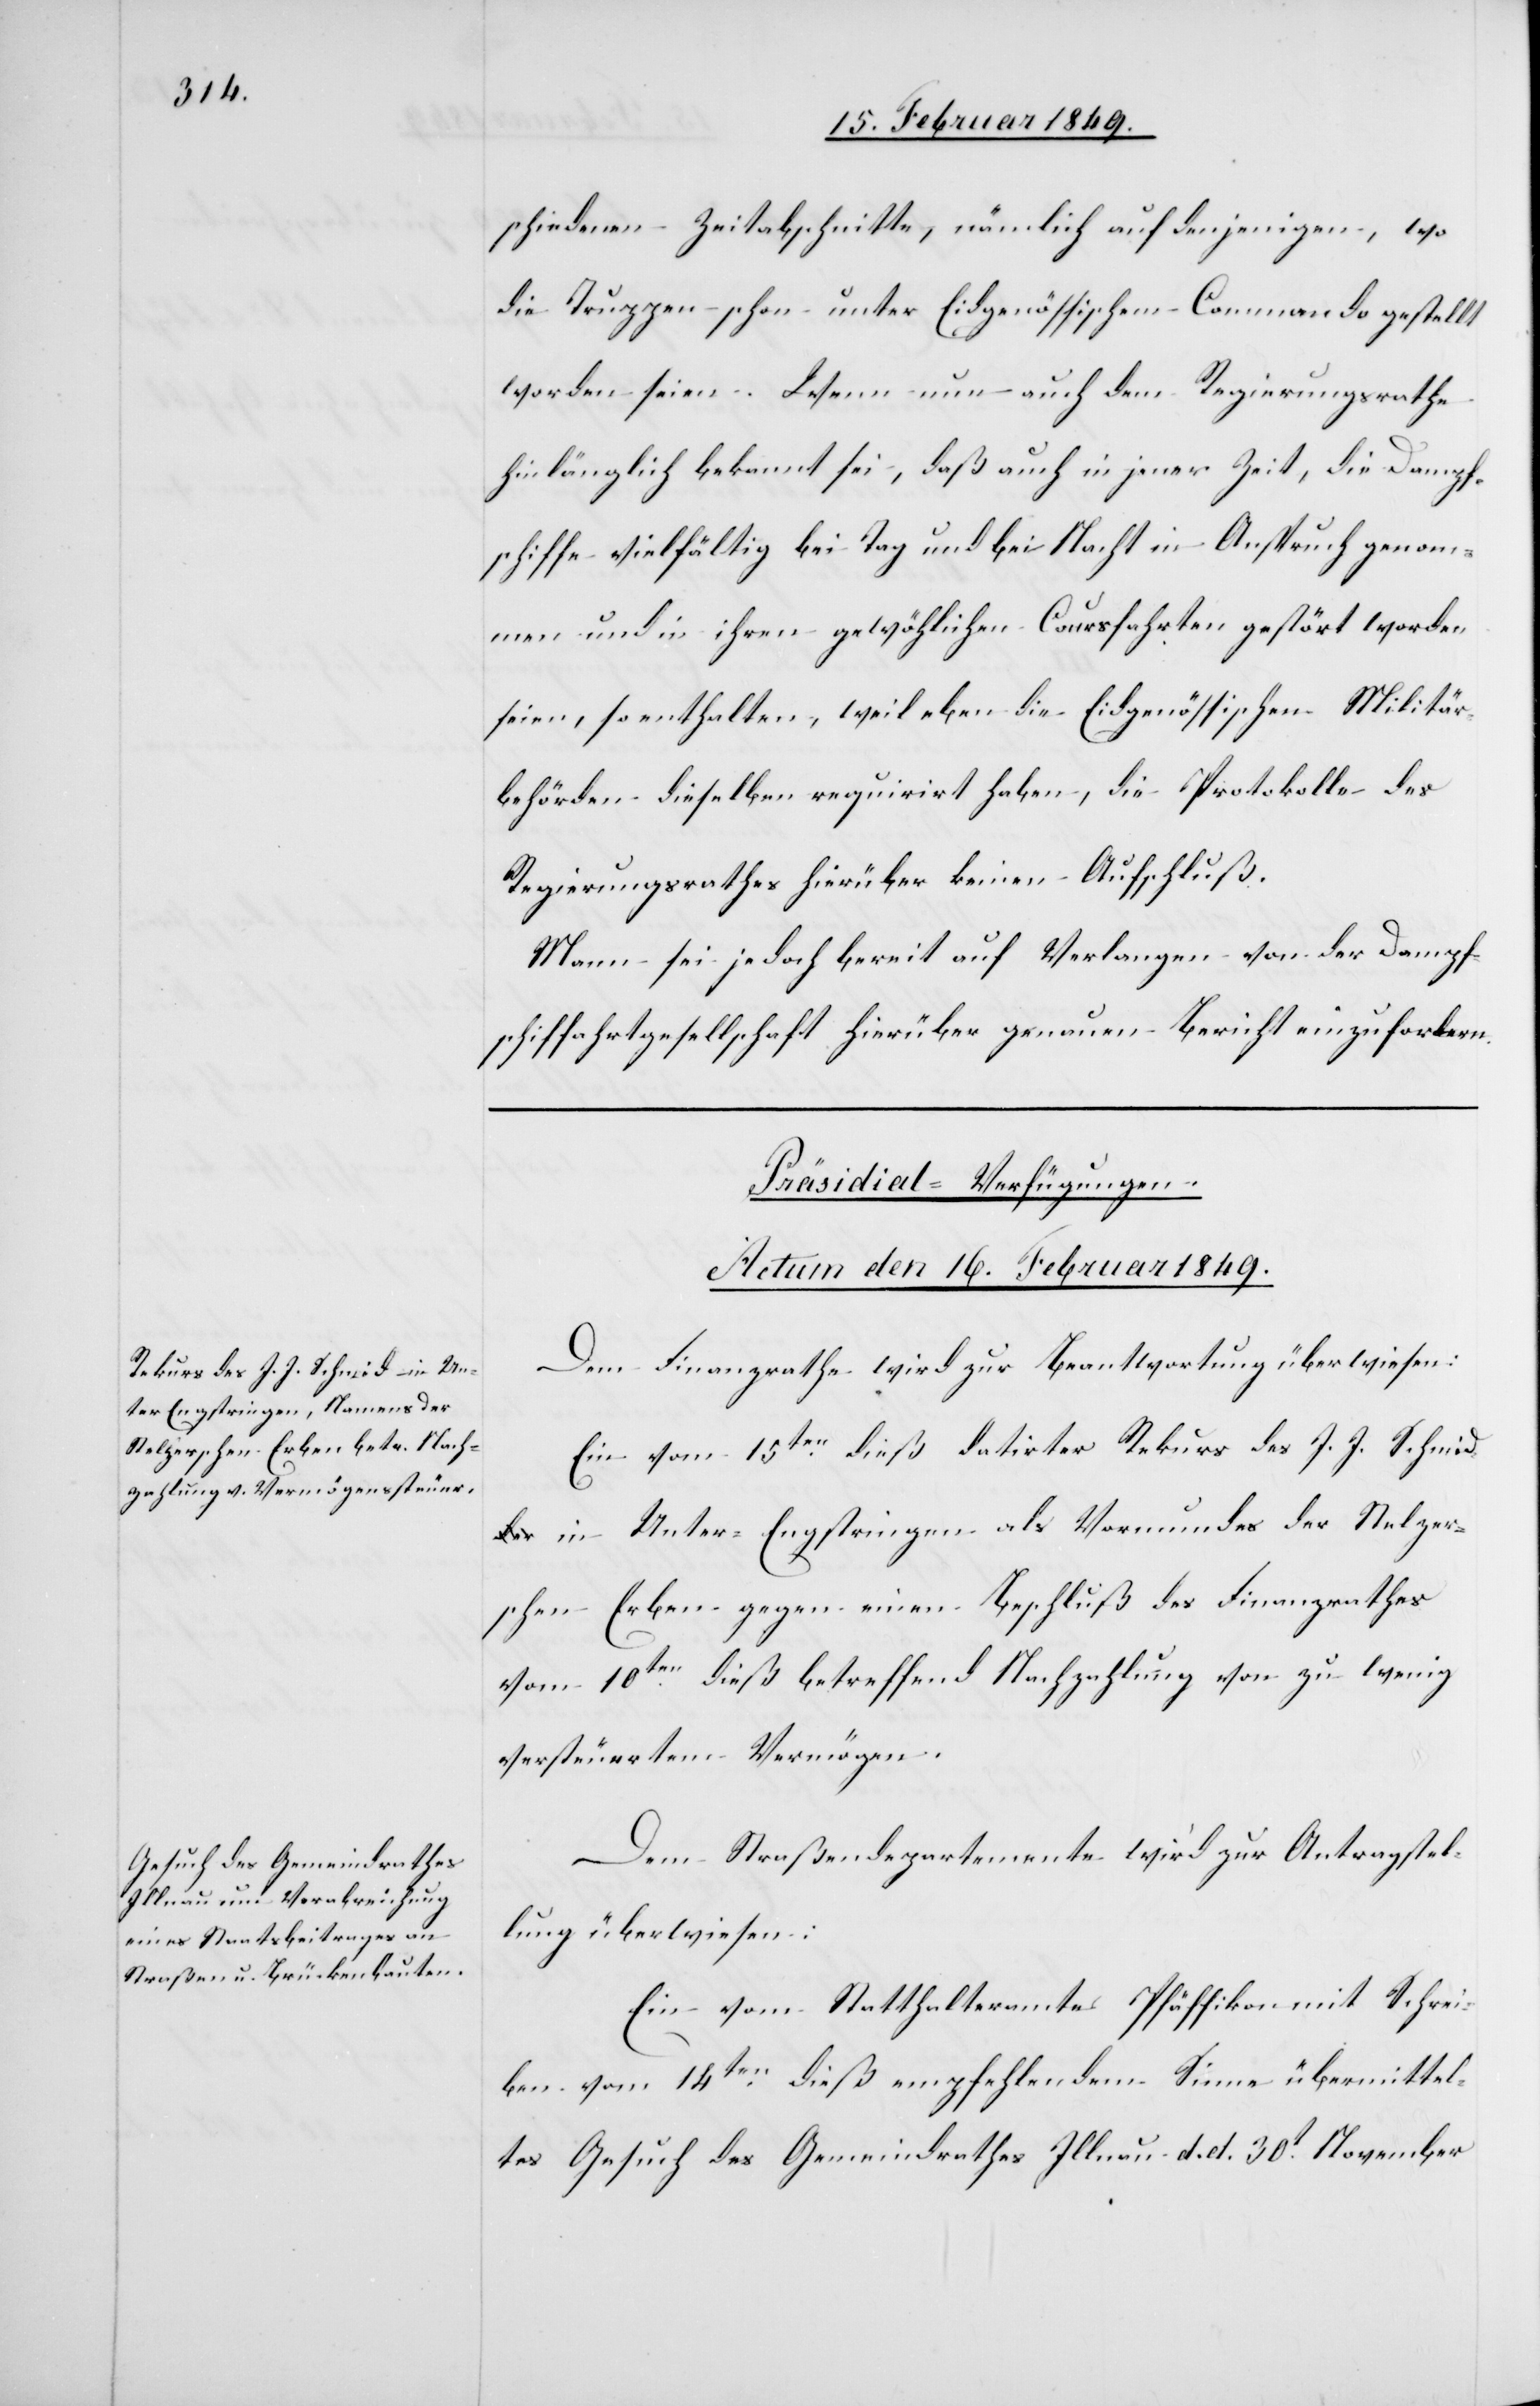
schiedenen Zeitabschnitte, nämlich auf denjenigen, wo
die Truppen schon unter Eidgenössischem [sic!] Commando gestellt
worden seien. Wenn nun auch dem Regierungsrathe
hinlänglich bekannt sei, daß auch in jener Zeit, die Dampf¬
schiffe vielfältig bei Tag und bei Nacht in Anspruch genom¬
men und in ihren gewöh[n]lichen Coursfahrten gestört worden
seien, so enthalten, weil eben die Eidgenössischen Militär¬
behörden dieselben requirirt haben, die Protokolle des
Regierungsrathes hierüber keinen Aufschluß.
Mann sei jedoch bereit auf Verlangen von der Dampf¬
schiffahrtgesellschaft hierüber genauen Bericht einzufordern.
[Präsidial-Verfügungen.
Actum den 16. Februar 1849.]
Dem Finanzrathe wird zur Beantwortung überwiesen:
Ein vom 15ten. dieß datirter Rekurs des J. J. Schmi¬
d in Unter-Engstringen als Vormundes der Stelzer¬
schen Erben gegen einen Beschluß des Finanzrathes
vom 10ten. dieß betreffend Nachzahlung von zu wenig
versteuertem Vermögen.
Dem Straßendepartemente wird zur Antragstel¬
lung überwiesen:
Ein vom Statthalteramte Pfäffikon mit Schrei¬
ben vom 14ten. dieß empfehlendem Sinne übermittel¬
tes Gesuch des Gemeindrathes Illnau d. d. 30t. November